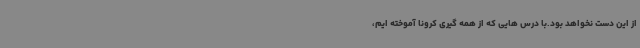
از این دست نخواهد بود.با درس هایی که از همه گیری کرونا آموخته ایم،